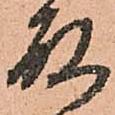
殿